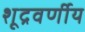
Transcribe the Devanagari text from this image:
शूद्रवर्णीय